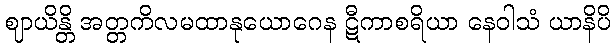
ဈာယိန္တိ အတ္တကိလမထာနုယောဂေန ဋီကာစရိယာ နေဝါသံ ယာနိပိ